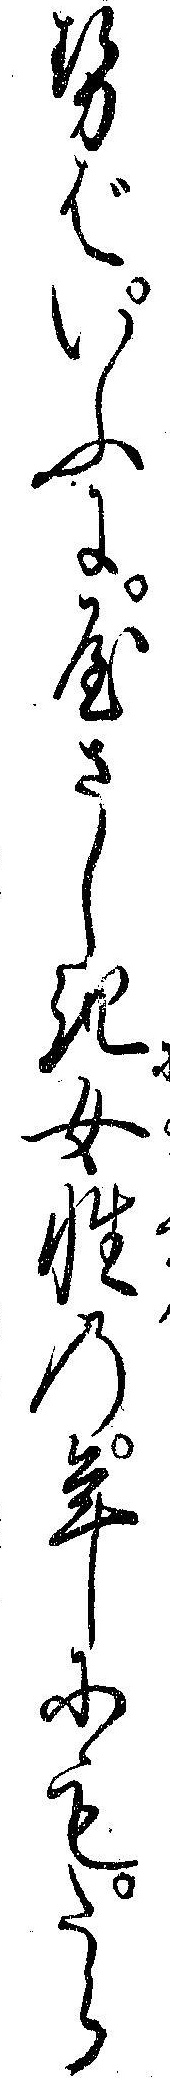
せばいふにやさしき女性の年にもたら